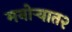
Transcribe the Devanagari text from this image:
मनोऱ्यात२